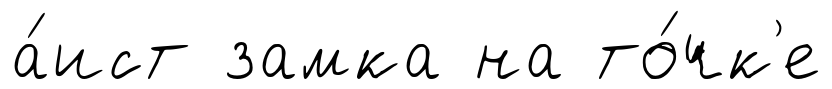
а́ист замка на то́чк'е